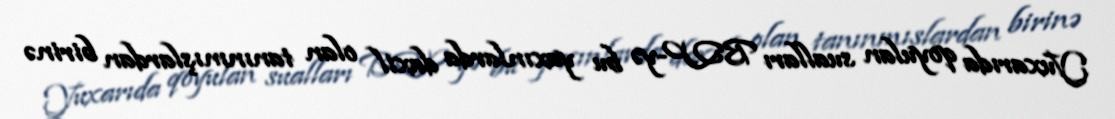
Yuxarıda qoyulan sualları BQP-yə bu yaxınlarda daxil olan tanınmışlardan birinə